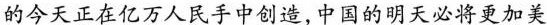
的今天正在亿万人民手中创造，中国的明天必将更加美